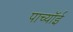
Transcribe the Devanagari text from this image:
पाच्यॉई